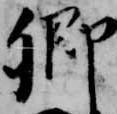
卿